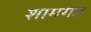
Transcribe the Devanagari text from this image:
शामगड